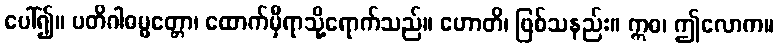
ပေါ်၍။ ပတိဂါဓမ္မတ္တော၊ ထောက်မှီရာသို့ရောက်သည်။ ဟောတိ၊ ဖြစ်သနည်း။ ဣဓ၊ ဤလောက။